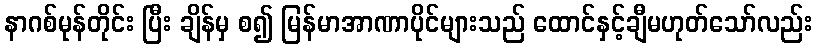
နာဂစ်မုန်တိုင်း ပြီး ချိန်မှ စ၍ မြန်မာအာဏာပိုင်များသည် ထောင်နှင့်ချီမဟုတ်သော်လည်း